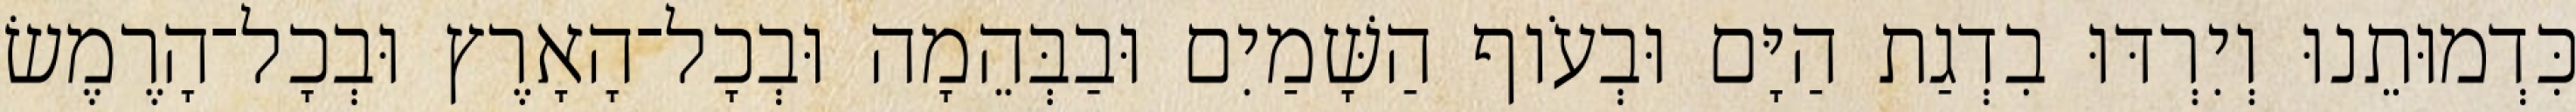
כִּדְמוּתֵנוּ וְיִרְדּוּ בִדְגַת הַיָּם וּבְעֹוף הַשָּׁמַיִם וּבַבְּהֵמָה וּבְכָל־הָאָרֶץ וּבְכָל־הָרֶמֶשׂ